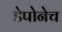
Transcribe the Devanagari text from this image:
डेपोनेच